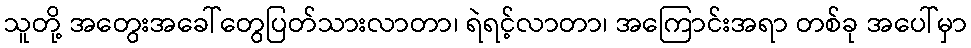
သူတို့ အတွေးအခေါ်တွေပြတ်သားလာတာ၊ ရဲရင့်လာတာ၊ အကြောင်းအရာ တစ်ခု အပေါ်မှာ